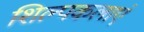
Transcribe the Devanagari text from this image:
शिल्पकलाएं